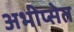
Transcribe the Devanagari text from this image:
अभीप्सेत